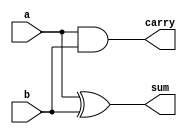
`timescale 1ns / 1ps
//////////////////////////////////////////////////////////////////////////////////
// Company: 
// Engineer: 
// 
// Design Name: 
// Module Name: halfadder
// Project Name: 
// Target Devices: 
// Tool Versions: 
// Description: 
// 
// Dependencies: 
// 
// Revision:
// Revision 0.01 - File Created
// Additional Comments:
// 
//////////////////////////////////////////////////////////////////////////////////


module halfadder(
  input a,b, 
  output sum,carry
    );
    assign sum = a^b;  
    assign carry= a&b;
endmodule